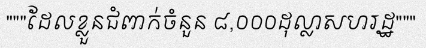
"""ដែលខ្លួនជំពាក់ចំនួន ៨,០០០ដុល្លាសហរដ្ឋ"""